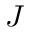
J